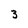
Character: 3